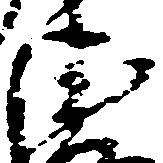
衛